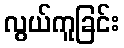
လွယ်ကူခြင်း